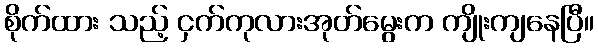
စိုက်ထား သည့် ငှက်ကုလားအုတ်မွေးက ကျိုးကျနေပြီ။